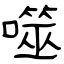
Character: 噬